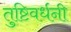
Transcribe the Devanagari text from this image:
तुष्टिवर्धनी